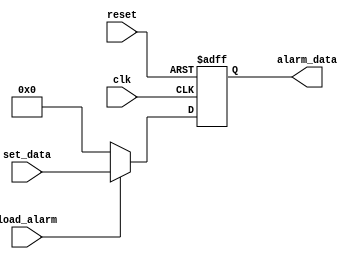
`timescale 1ns / 1ps
module alarm_register(
	input [15:0] set_data,
	input load_alarm,clk,reset,
	output reg [15:0] alarm_data
  );
	 
	 always@(posedge clk , negedge reset)
	 begin
		if (!reset)
			alarm_data <= 0;
		else if (load_alarm)
			alarm_data <= set_data;
		else
			alarm_data <= 0;
	 end
endmodule